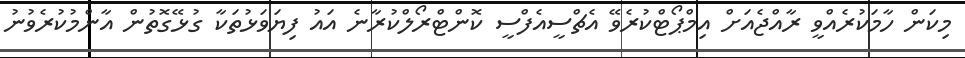
މިކަން ހާމަކުރެއްވީ ރާއްޖެއަށް އިމްޕޯޓްކުރެވޭ އެޗްސީއެފްސީ ކޮންޓްރޯލްކުރާނެ އައު ފިޔަވަޅުތަކާ ގުޅޭގޮތުން އާންމުކުރެވުނު